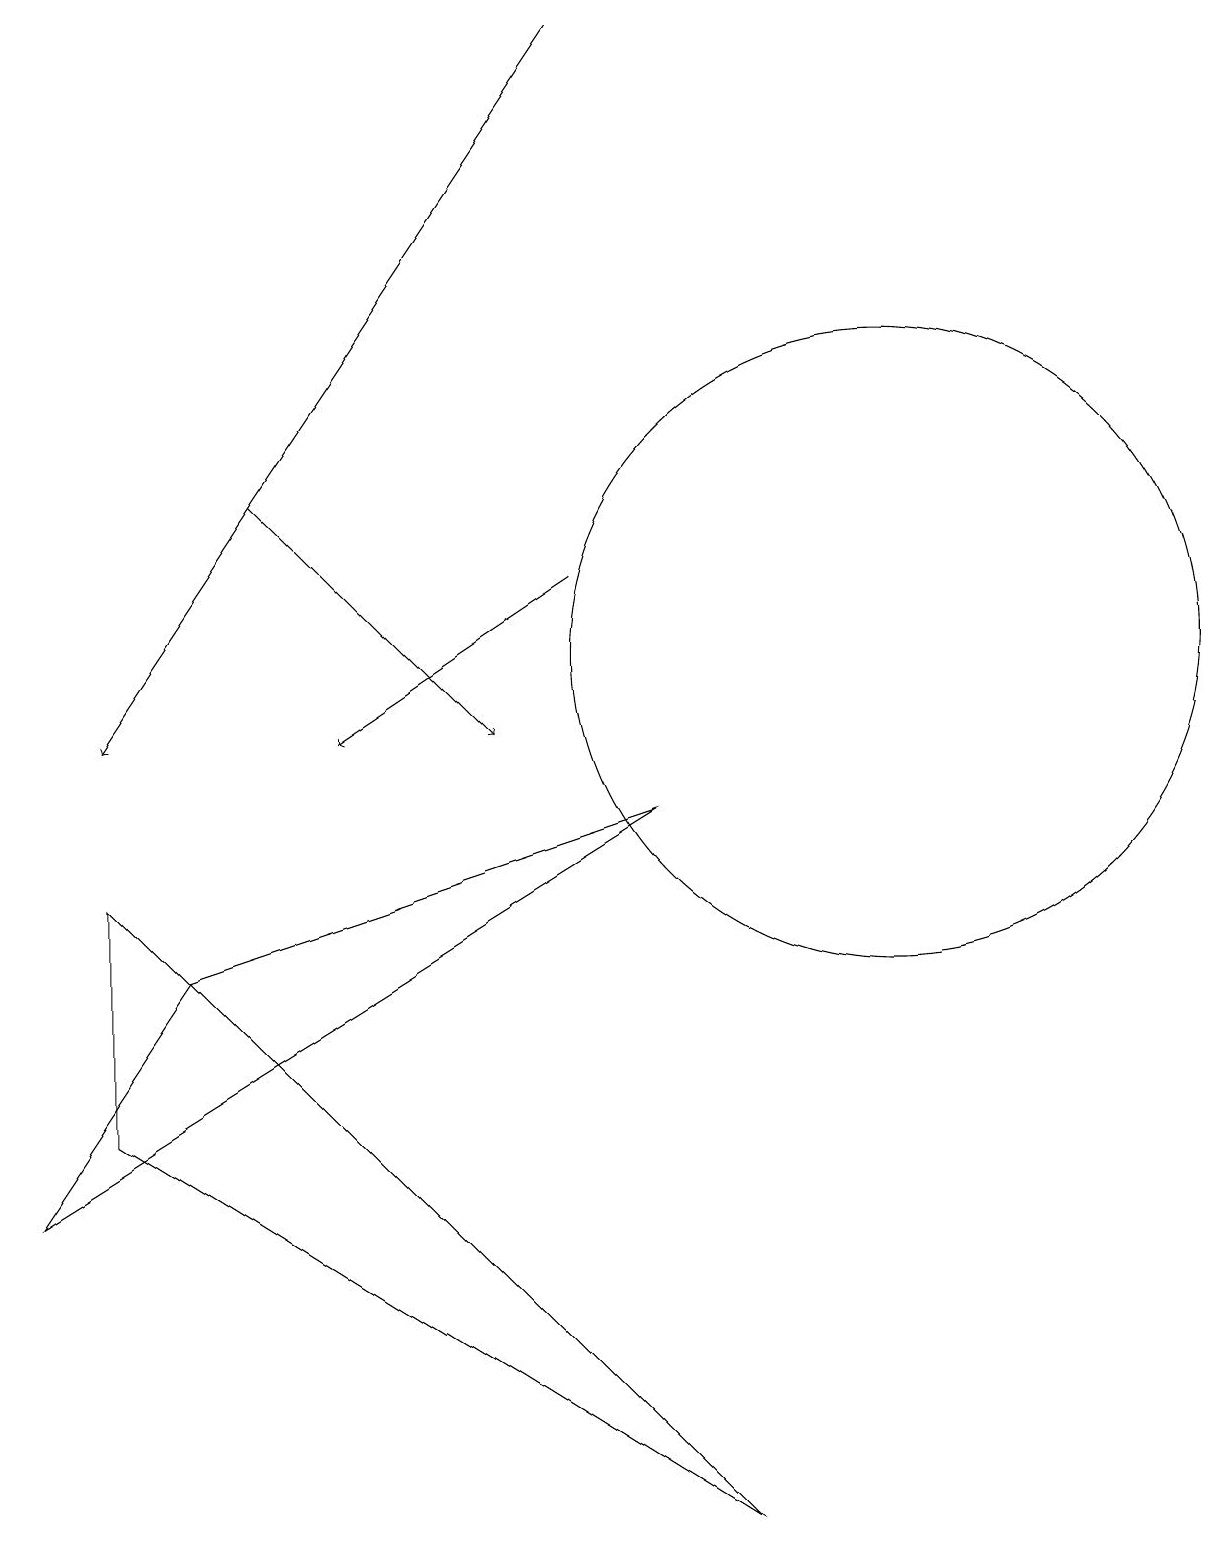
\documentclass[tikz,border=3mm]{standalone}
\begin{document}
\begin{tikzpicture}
\draw (8,9) -- (0,4) -- (2,7) -- cycle;
\draw[->] (7,12) -- (4,10);
\draw (11,11) circle (4);
\draw (1,5) -- (9,0) -- (1,8) -- cycle;
\draw[->] (7,19) -- (1,10);
\draw[->] (3,13) -- (6,10);
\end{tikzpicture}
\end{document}